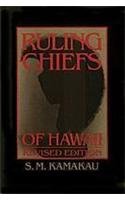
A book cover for Ruling Chiefs of Hawaii; Samuel M. Kamakau; History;